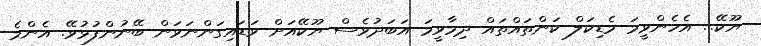
ޔޫކޭ... އެހެންވީމަ މެޑިކަލް ކަންތައްތައް ދިމާވީމަ އަބަދުވެސް ޔޫކޭއަށް ވަޑައިގަންނަވަން ބޭނުންފުޅުވޭ. އެންމެ